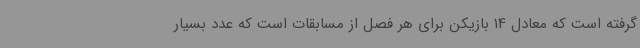
گرفته است که معادل 14 بازیکن برای هر فصل از مسابقات است که عدد بسیار